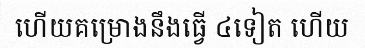
ហើយគម្រោងនឹងធ្វើ ៤ទៀត ហើយ